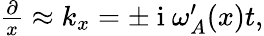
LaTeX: \begin{array}{r}{\frac{\partial}{x}\approx k_{x}=\pm\mathrm{~i~}\omega_{A}^{\prime}(x)t,}\end{array}